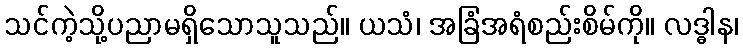
သင်ကဲ့သို့ပညာမရှိသောသူသည်။ ယသံ၊ အခြံအရံစည်းစိမ်ကို။ လဒ္ဓါန၊